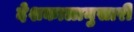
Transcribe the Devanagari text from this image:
देशकालानुसारी